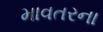
માવતરના